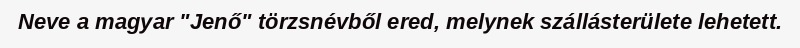
Neve a magyar "Jenő" törzsnévből ered, melynek szállásterülete lehetett.